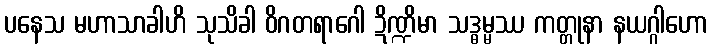
ပနေသ မဟာသာခါဟိ သုသိခါ ဝိဂတရာဂေါ ဍိဏ္ဍိမာ သဒ္ဓမ္မဿ ကတ္တုနာ နယဂ္ဂါဟော